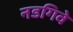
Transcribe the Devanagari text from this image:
नडगिवे